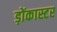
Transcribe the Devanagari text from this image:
ड़ोंकास्टर